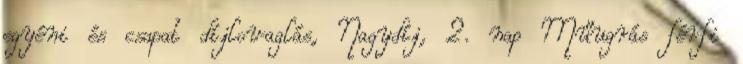
egyéni és csapat díjlovaglás, Nagydíj, 2. nap Műugrás férfi